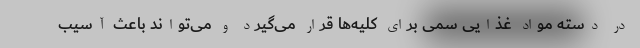
در دسته مواد غذایی سمی برای کلیه‌ها قرار می‌گیرد و می‌تواند باعث آسیب